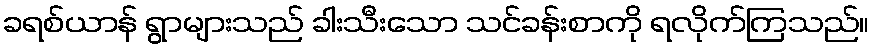
ခရစ်ယာန် ရွာများသည် ခါးသီးသော သင်ခန်းစာကို ရလိုက်ကြသည်။